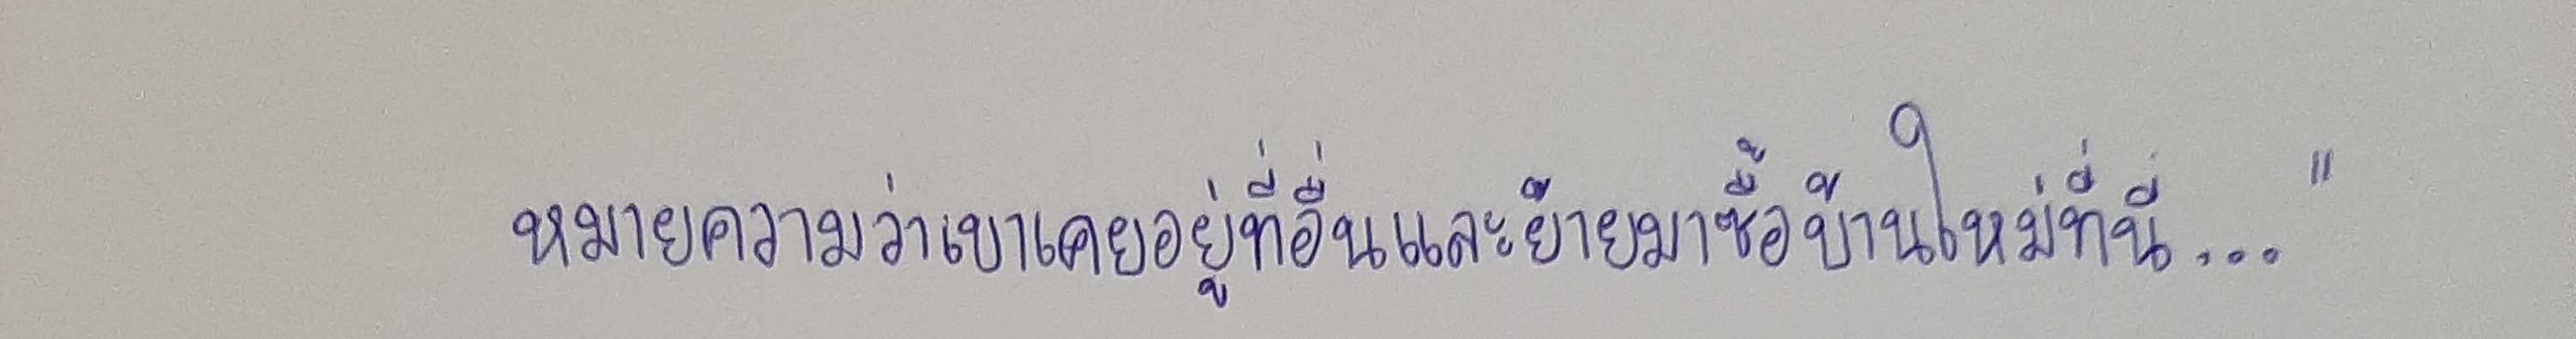
หมายความว่าเขาเคยอยู่ที่อื่นและย้ายมาซื้อบ้านใหม่ที่นี่..."